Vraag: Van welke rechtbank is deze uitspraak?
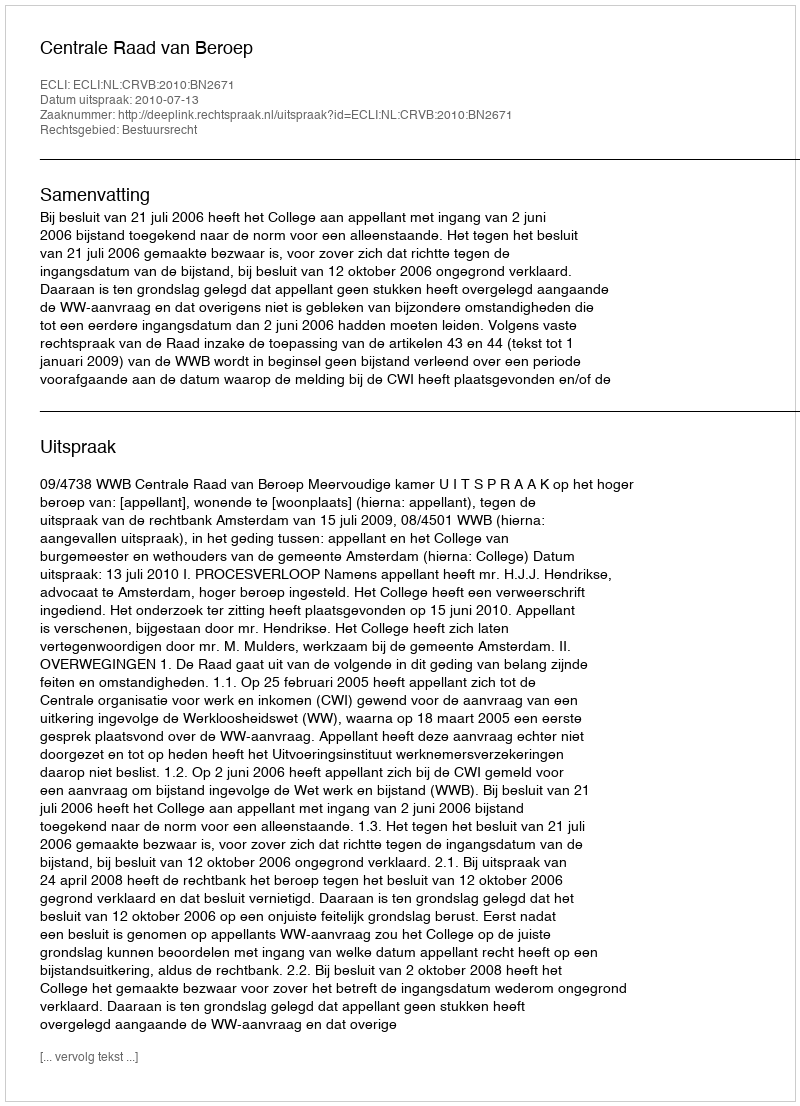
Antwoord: Centrale Raad van Beroep